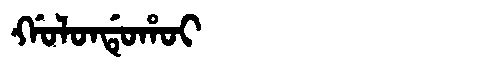
Manchu: ᡤᠣᠯᠣᠨᡩᡠᡥᠣᡳ
Romanization: GOLONDUHOI